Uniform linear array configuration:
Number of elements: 4
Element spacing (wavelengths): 0.25
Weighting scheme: cosine
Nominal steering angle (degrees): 45
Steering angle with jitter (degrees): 46.751
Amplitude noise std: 0.05
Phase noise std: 0.05

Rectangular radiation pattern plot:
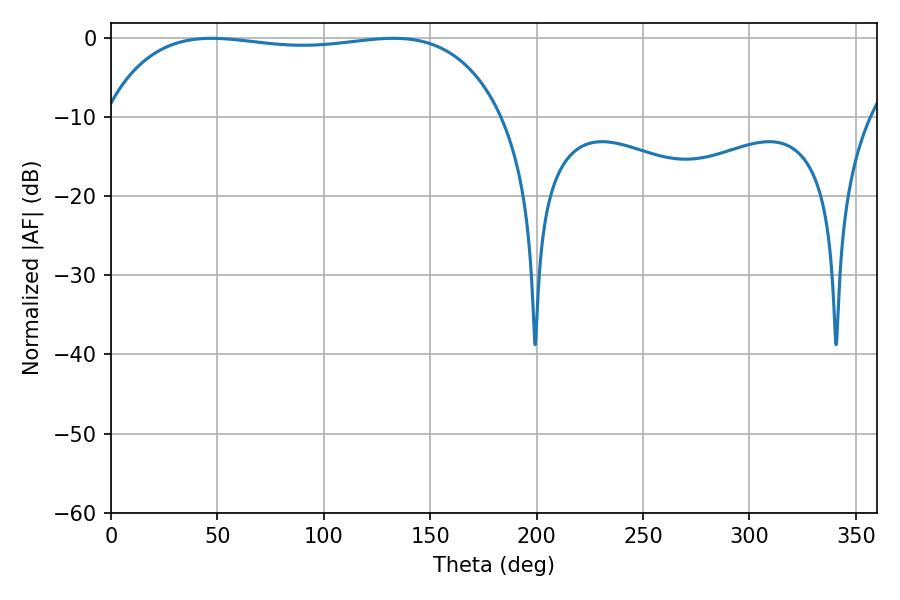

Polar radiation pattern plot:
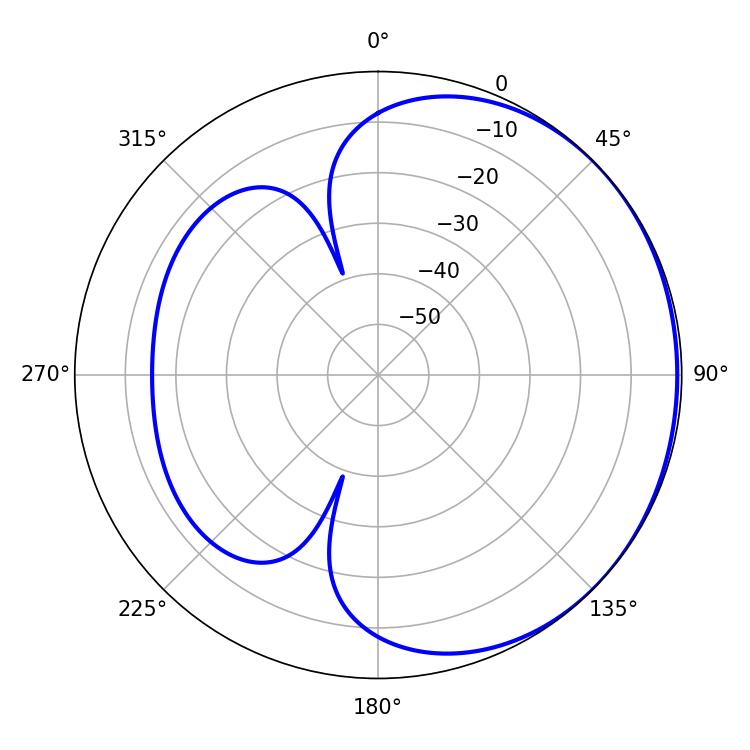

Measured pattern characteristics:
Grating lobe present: FALSE
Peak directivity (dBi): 0.7785
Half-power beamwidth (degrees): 150.12
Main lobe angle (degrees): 47.34